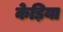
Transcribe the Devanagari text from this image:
केड़िया